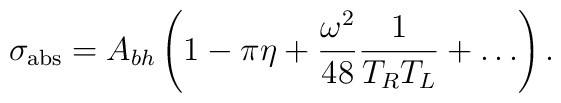
\sigma_{\rm abs} = A_{bh}\left(1 - \pi\eta + {\omega^2\over 48}{1\over T_R T_L} +\dots \right).